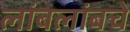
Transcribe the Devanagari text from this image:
लांबलांबचे